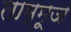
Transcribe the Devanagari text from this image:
ताम्मूज